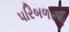
પરિબળરૂપ